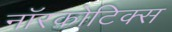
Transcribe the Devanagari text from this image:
नॉरकोटिक्स